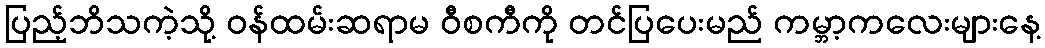
ပြည့်ဘိသကဲ့သို့ ဝန်ထမ်းဆရာမ ဝီစကီကို တင်ပြပေးမည် ကမ္ဘာ့ကလေးများနေ့